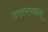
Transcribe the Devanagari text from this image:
उत्तराखन्द